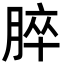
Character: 脺